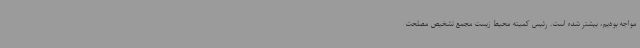
مواجه بودیم، بیشتر شده است. رئیس کمیته محیط زیست مجمع تشخیص مصلحت